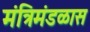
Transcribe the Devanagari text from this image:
मंत्रिमंडळास